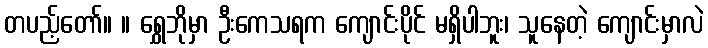
တပည့်တော်။ ။ ရွှေဘိုမှာ ဦးကေသရက ကျောင်းပိုင် မရှိပါဘူး၊ သူနေတဲ့ ကျောင်းမှာလဲ